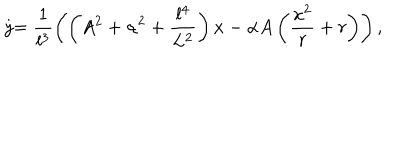
\stackrel { \cdot } { y } = \frac { 1 } { l ^ { 3 } } \left( \left( A ^ { 2 } + \alpha ^ { 2 } + \frac { l ^ { 4 } } { L ^ { 2 } } \right) x - \alpha A \left( \frac { x ^ { 2 } } { r } + r \right) \right) ,